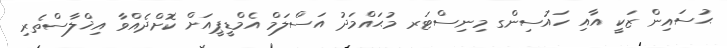
ޙުސައިން ޒަކީ އާއި ހައުސިންގ މިނިސްޓަރ މުޙައްމަދު އަސްލަމް އެމްޑީޕީއަށް ކޮށްދެއްވާ އިޚްލާސްތެރި